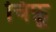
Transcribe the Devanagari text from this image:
चिफ़ू